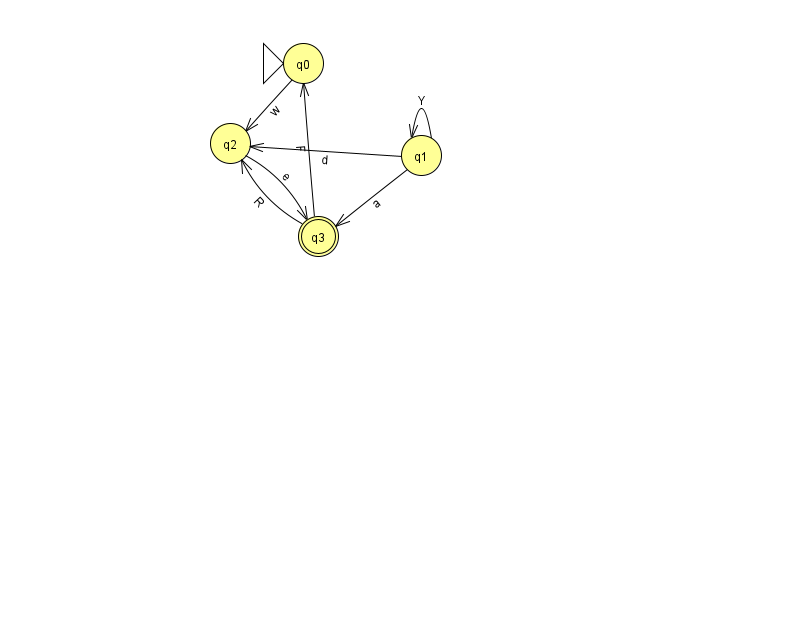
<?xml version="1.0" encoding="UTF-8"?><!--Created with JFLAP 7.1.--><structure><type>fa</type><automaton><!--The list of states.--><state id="0" name="q0"><x>303.0</x><y>50.0</y><initial/></state><state id="1" name="q1"><x>421.0</x><y>142.0</y></state><state id="2" name="q2"><x>230.0</x><y>130.0</y></state><state id="3" name="q3"><x>318.0</x><y>223.0</y><final/></state><!--The list of transitions.--><transition><from>3</from><to>0</to><read>F</read></transition><transition><from>1</from><to>2</to><read>d</read></transition><transition><from>1</from><to>1</to><read>Y</read></transition><transition><from>1</from><to>3</to><read>a</read></transition><transition><from>2</from><to>3</to><read>e</read></transition><transition><from>3</from><to>2</to><read>R</read></transition><transition><from>0</from><to>2</to><read>w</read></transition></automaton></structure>